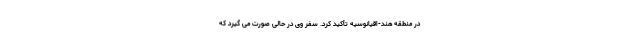
در منطقه هند-اقیانوسیه تأکید کرد. سفر وی در حالی صورت می گیرد که